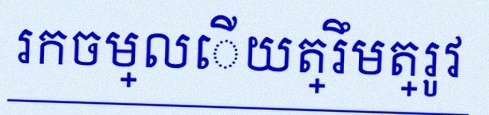
រកចម្លើយត្រឹមត្រូវ